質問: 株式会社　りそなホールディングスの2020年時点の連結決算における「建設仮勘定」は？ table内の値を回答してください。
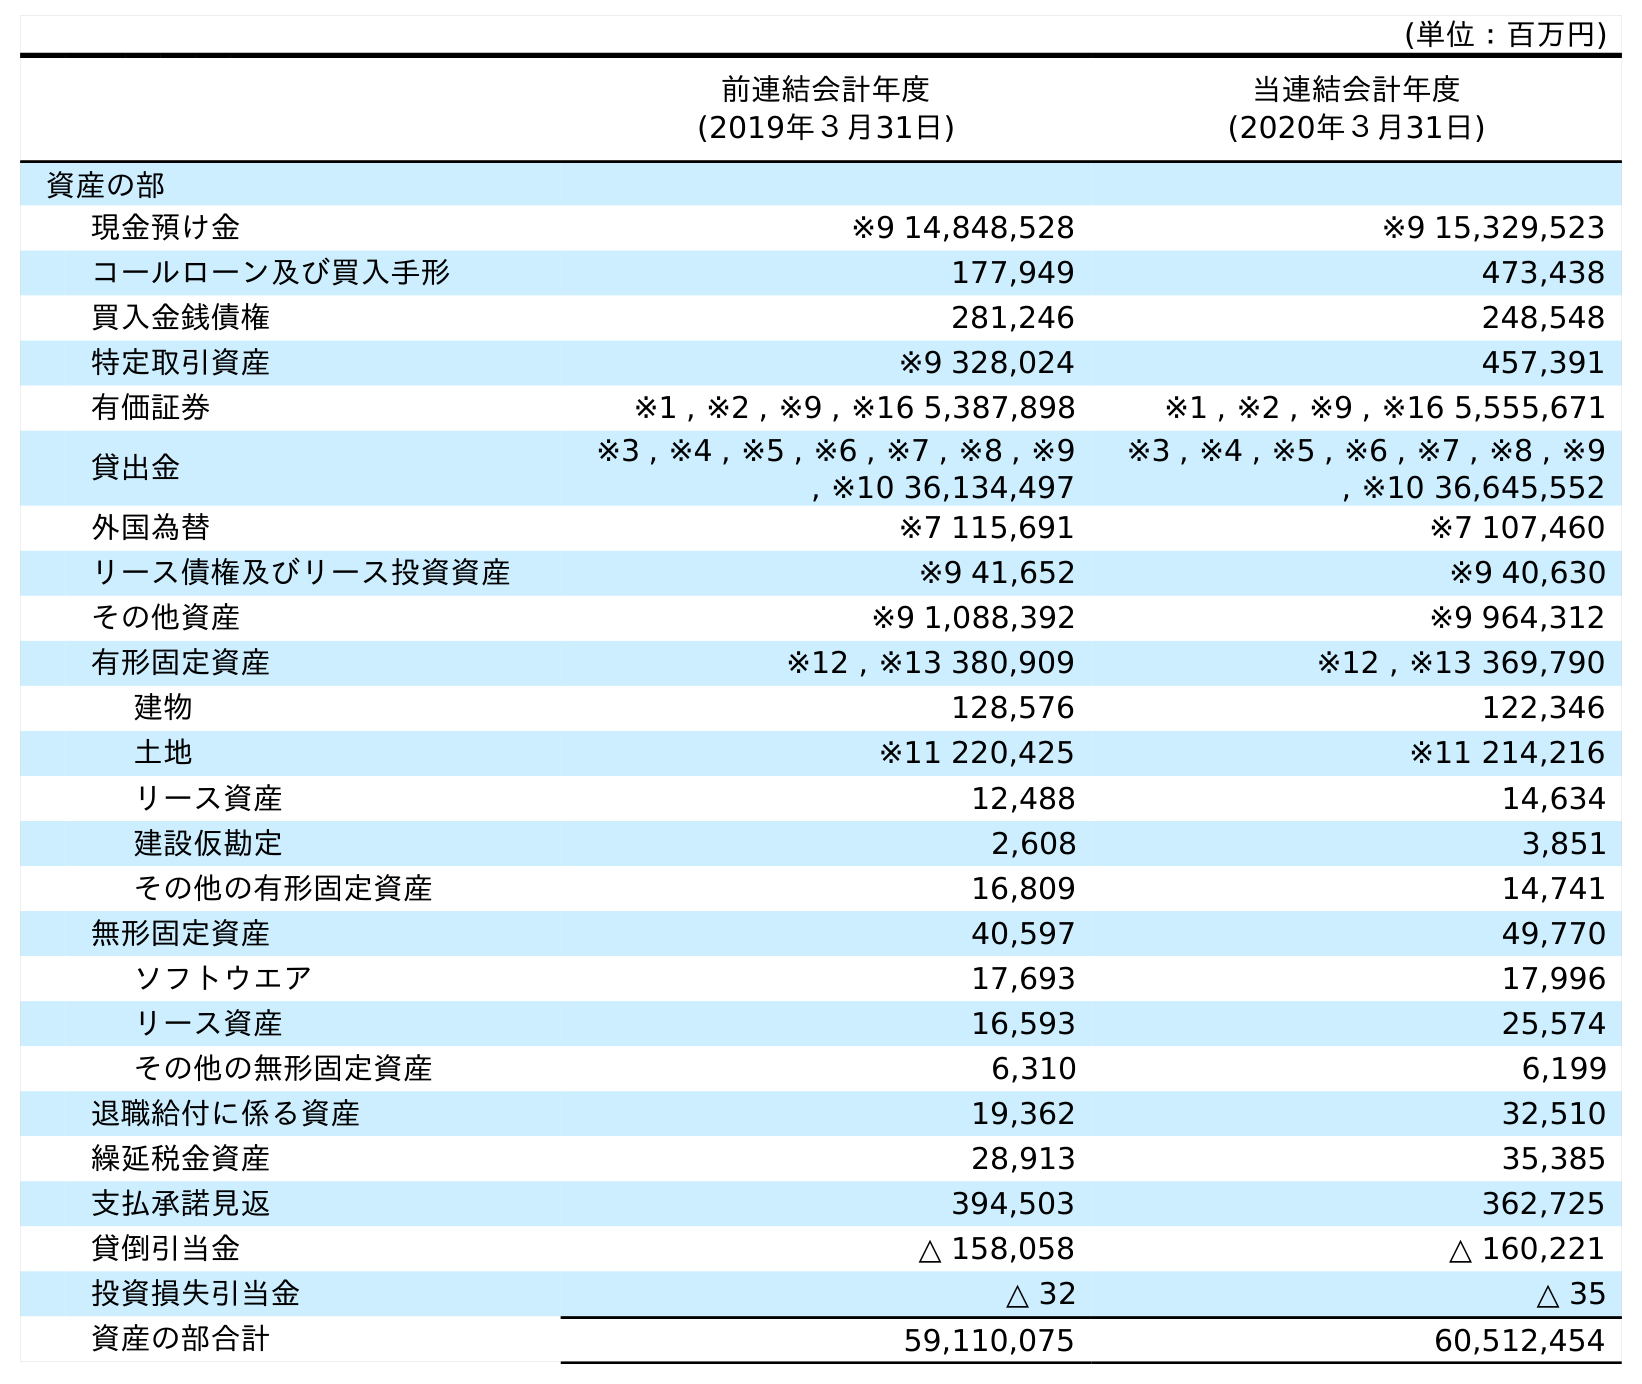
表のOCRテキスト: (単位：百万円) 前連結会計年度 (2019年３月31日) 当連結会計年度 (2020年３月31日) 資産の部 現金預け金 ※9 14,848,528 ※9 15,329,523 コールローン及び買入手形 177,949 473,438 買入金銭債権 281,246 248,548 特定取引資産 ※9 328,024 457,391 有価証券 ※1 , ※2 , ※9 , ※16 5,387,898 ※1 , ※2 , ※9 , ※16 5,555,671 貸出金 ※3 , ※4 , ※5 , ※6 , ※7 , ※8 , ※9 , ※10 36,134,497 ※3 , ※4 , ※5 , ※6 , ※7 , ※8 , ※9 , ※10 36,645,552 外国為替 ※7 115,691 ※7 107,460 リース債権及びリース投資資産 ※9 41,652 ※9 40,630 その他資産 ※9 1,088,392 ※9 964,312 有形固定資産 ※12 , ※13 380,909 ※12 , ※13 369,790 建物 128,576 122,346 土地 ※11 220,425 ※11 214,216 リース資産 12,488 14,634 建設仮勘定 2,608 3,851 その他の有形固定資産 16,809 14,741 無形固定資産 40,597 49,770 ソフトウエア 17,693 17,996 リース資産 16,593 25,574 その他の無形固定資産 6,310 6,199 退職給付に係る資産 19,362 32,510 繰延税金資産 28,913 35,385 支払承諾見返 394,503 362,725 貸倒引当金 △ 158,058 △ 160,221 投資損失引当金 △ 32 △ 35 資産の部合計 59,110,075 60,512,454
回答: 3,851